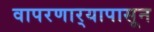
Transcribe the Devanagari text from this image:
वापरणार्‍यापासून